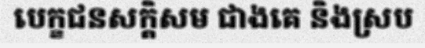
បេក្ខជនសក្តិសម ជាងគេ និងស្រប